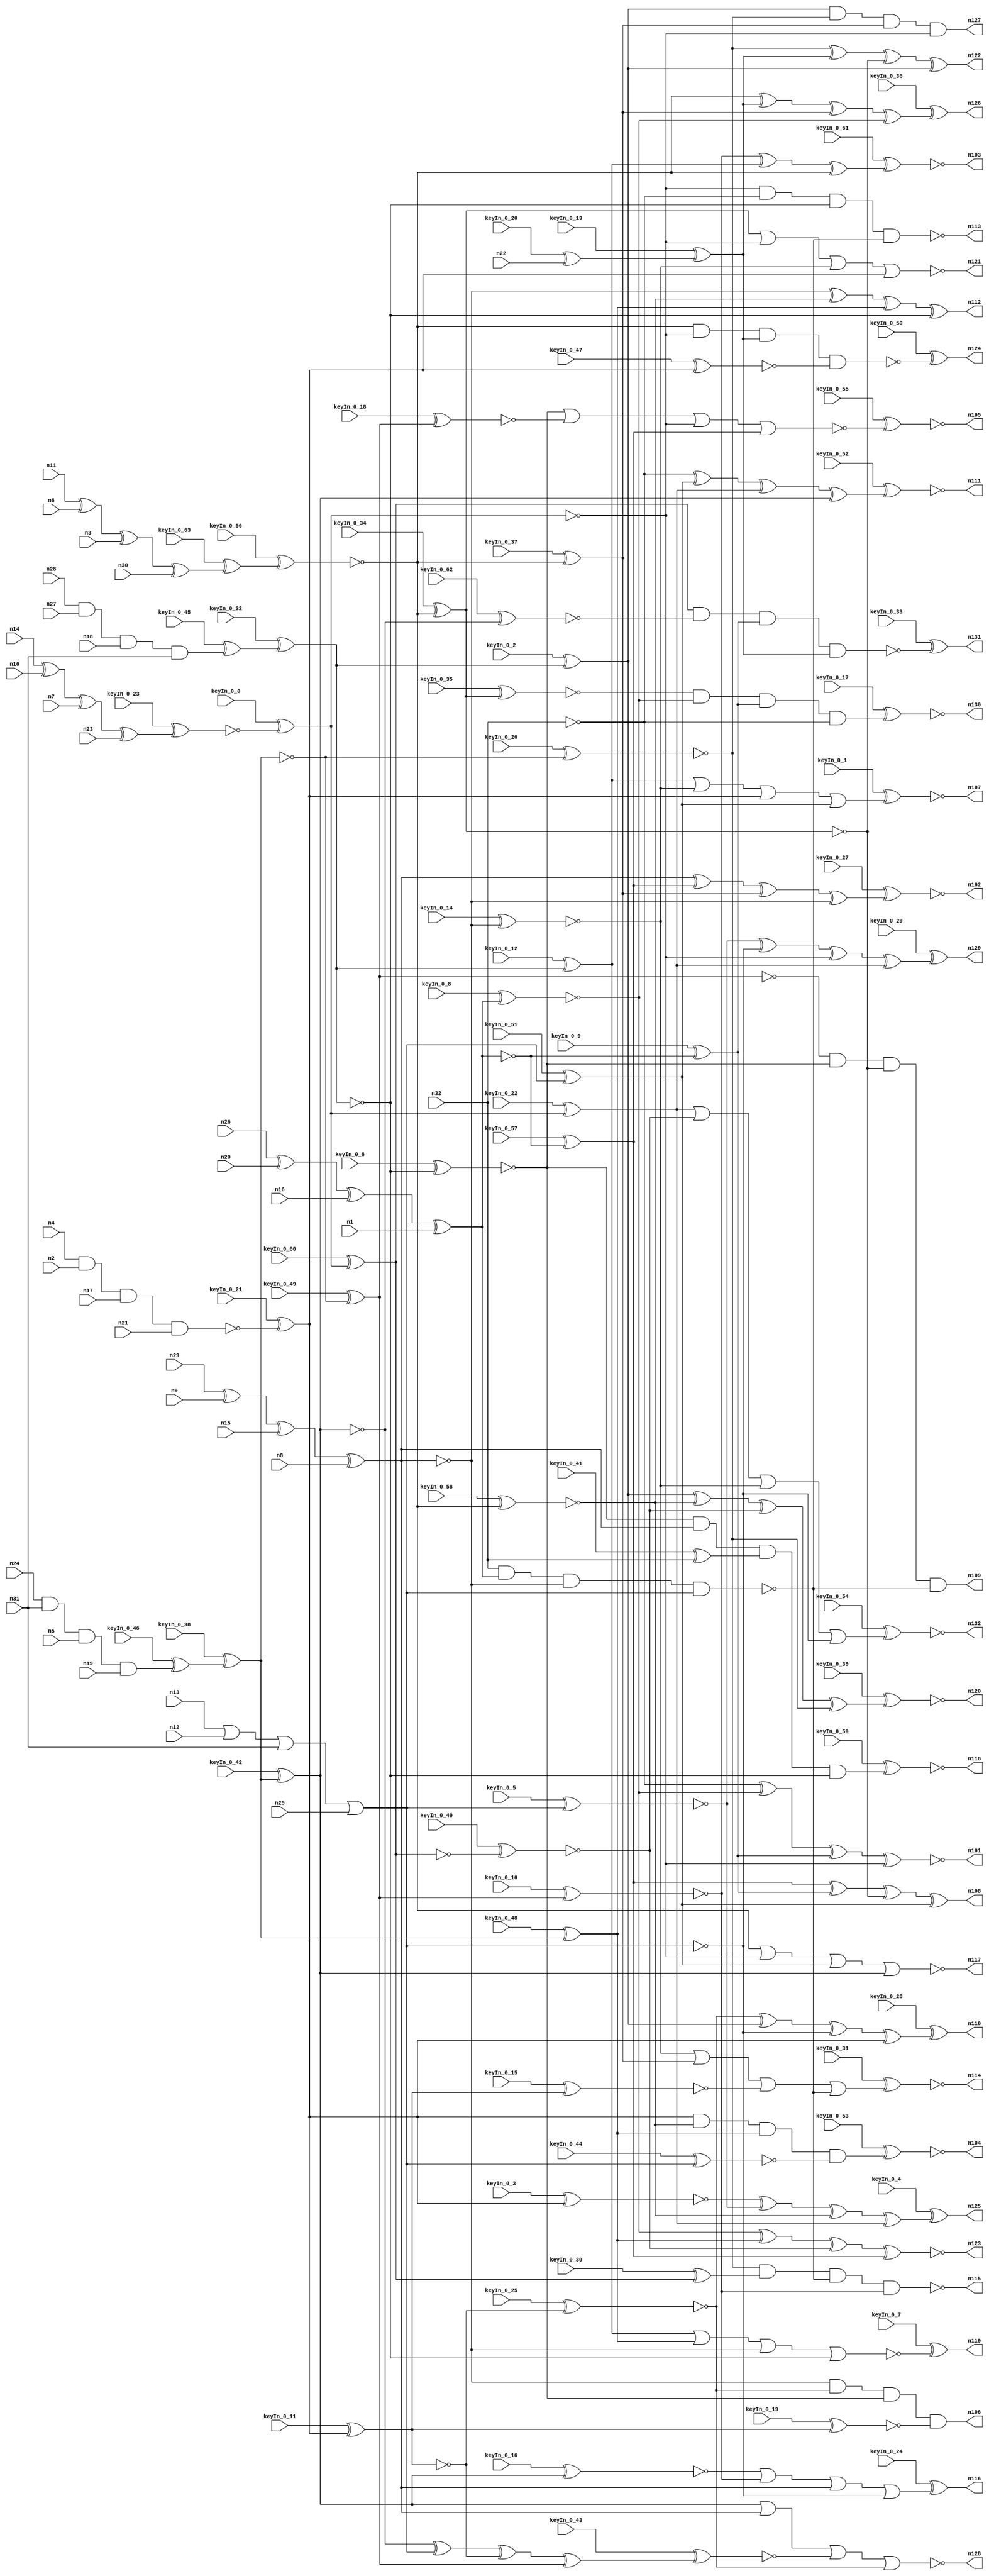


module Stat_100_51
(
  n1,
  n2,
  n3,
  n4,
  n5,
  n6,
  n7,
  n8,
  n9,
  n10,
  n11,
  n12,
  n13,
  n14,
  n15,
  n16,
  n17,
  n18,
  n19,
  n20,
  n21,
  n22,
  n23,
  n24,
  n25,
  n26,
  n27,
  n28,
  n29,
  n30,
  n31,
  n32,
  n129,
  n105,
  n102,
  n114,
  n120,
  n106,
  n119,
  n117,
  n108,
  n109,
  n124,
  n132,
  n103,
  n131,
  n116,
  n123,
  n104,
  n121,
  n111,
  n113,
  n125,
  n127,
  n122,
  n110,
  n130,
  n115,
  n118,
  n126,
  n112,
  n101,
  n128,
  n107,
  keyIn_0_0,
  keyIn_0_1,
  keyIn_0_2,
  keyIn_0_3,
  keyIn_0_4,
  keyIn_0_5,
  keyIn_0_6,
  keyIn_0_7,
  keyIn_0_8,
  keyIn_0_9,
  keyIn_0_10,
  keyIn_0_11,
  keyIn_0_12,
  keyIn_0_13,
  keyIn_0_14,
  keyIn_0_15,
  keyIn_0_16,
  keyIn_0_17,
  keyIn_0_18,
  keyIn_0_19,
  keyIn_0_20,
  keyIn_0_21,
  keyIn_0_22,
  keyIn_0_23,
  keyIn_0_24,
  keyIn_0_25,
  keyIn_0_26,
  keyIn_0_27,
  keyIn_0_28,
  keyIn_0_29,
  keyIn_0_30,
  keyIn_0_31,
  keyIn_0_32,
  keyIn_0_33,
  keyIn_0_34,
  keyIn_0_35,
  keyIn_0_36,
  keyIn_0_37,
  keyIn_0_38,
  keyIn_0_39,
  keyIn_0_40,
  keyIn_0_41,
  keyIn_0_42,
  keyIn_0_43,
  keyIn_0_44,
  keyIn_0_45,
  keyIn_0_46,
  keyIn_0_47,
  keyIn_0_48,
  keyIn_0_49,
  keyIn_0_50,
  keyIn_0_51,
  keyIn_0_52,
  keyIn_0_53,
  keyIn_0_54,
  keyIn_0_55,
  keyIn_0_56,
  keyIn_0_57,
  keyIn_0_58,
  keyIn_0_59,
  keyIn_0_60,
  keyIn_0_61,
  keyIn_0_62,
  keyIn_0_63
);

  input n1;
  input n2;
  input n3;
  input n4;
  input n5;
  input n6;
  input n7;
  input n8;
  input n9;
  input n10;
  input n11;
  input n12;
  input n13;
  input n14;
  input n15;
  input n16;
  input n17;
  input n18;
  input n19;
  input n20;
  input n21;
  input n22;
  input n23;
  input n24;
  input n25;
  input n26;
  input n27;
  input n28;
  input n29;
  input n30;
  input n31;
  input n32;
  input keyIn_0_0;
  input keyIn_0_1;
  input keyIn_0_2;
  input keyIn_0_3;
  input keyIn_0_4;
  input keyIn_0_5;
  input keyIn_0_6;
  input keyIn_0_7;
  input keyIn_0_8;
  input keyIn_0_9;
  input keyIn_0_10;
  input keyIn_0_11;
  input keyIn_0_12;
  input keyIn_0_13;
  input keyIn_0_14;
  input keyIn_0_15;
  input keyIn_0_16;
  input keyIn_0_17;
  input keyIn_0_18;
  input keyIn_0_19;
  input keyIn_0_20;
  input keyIn_0_21;
  input keyIn_0_22;
  input keyIn_0_23;
  input keyIn_0_24;
  input keyIn_0_25;
  input keyIn_0_26;
  input keyIn_0_27;
  input keyIn_0_28;
  input keyIn_0_29;
  input keyIn_0_30;
  input keyIn_0_31;
  input keyIn_0_32;
  input keyIn_0_33;
  input keyIn_0_34;
  input keyIn_0_35;
  input keyIn_0_36;
  input keyIn_0_37;
  input keyIn_0_38;
  input keyIn_0_39;
  input keyIn_0_40;
  input keyIn_0_41;
  input keyIn_0_42;
  input keyIn_0_43;
  input keyIn_0_44;
  input keyIn_0_45;
  input keyIn_0_46;
  input keyIn_0_47;
  input keyIn_0_48;
  input keyIn_0_49;
  input keyIn_0_50;
  input keyIn_0_51;
  input keyIn_0_52;
  input keyIn_0_53;
  input keyIn_0_54;
  input keyIn_0_55;
  input keyIn_0_56;
  input keyIn_0_57;
  input keyIn_0_58;
  input keyIn_0_59;
  input keyIn_0_60;
  input keyIn_0_61;
  input keyIn_0_62;
  input keyIn_0_63;
  output n129;
  output n105;
  output n102;
  output n114;
  output n120;
  output n106;
  output n119;
  output n117;
  output n108;
  output n109;
  output n124;
  output n132;
  output n103;
  output n131;
  output n116;
  output n123;
  output n104;
  output n121;
  output n111;
  output n113;
  output n125;
  output n127;
  output n122;
  output n110;
  output n130;
  output n115;
  output n118;
  output n126;
  output n112;
  output n101;
  output n128;
  output n107;
  wire n33;
  wire n34;
  wire n35;
  wire n36;
  wire n37;
  wire n38;
  wire n39;
  wire n40;
  wire n41;
  wire n42;
  wire n43;
  wire n44;
  wire n45;
  wire n46;
  wire n47;
  wire n48;
  wire n49;
  wire n50;
  wire n51;
  wire n52;
  wire n53;
  wire n54;
  wire n55;
  wire n56;
  wire n57;
  wire n58;
  wire n59;
  wire n60;
  wire n61;
  wire n62;
  wire n63;
  wire n64;
  wire n65;
  wire n66;
  wire n67;
  wire n68;
  wire n69;
  wire n70;
  wire n71;
  wire n72;
  wire n73;
  wire n74;
  wire n75;
  wire n76;
  wire n77;
  wire n78;
  wire n79;
  wire n80;
  wire n81;
  wire n82;
  wire n83;
  wire n84;
  wire n85;
  wire n86;
  wire n87;
  wire n88;
  wire n89;
  wire n90;
  wire n91;
  wire n92;
  wire n93;
  wire n94;
  wire n95;
  wire n96;
  wire n97;
  wire n98;
  wire n99;
  wire n100;
  wire KeyWire_0_0;
  wire KeyNOTWire_0_0;
  wire KeyWire_0_1;
  wire KeyNOTWire_0_1;
  wire KeyWire_0_2;
  wire KeyNOTWire_0_2;
  wire KeyWire_0_3;
  wire KeyNOTWire_0_3;
  wire KeyWire_0_4;
  wire KeyWire_0_5;
  wire KeyWire_0_6;
  wire KeyWire_0_7;
  wire KeyWire_0_8;
  wire KeyNOTWire_0_8;
  wire KeyWire_0_9;
  wire KeyWire_0_10;
  wire KeyNOTWire_0_10;
  wire KeyWire_0_11;
  wire KeyNOTWire_0_11;
  wire KeyWire_0_12;
  wire KeyNOTWire_0_12;
  wire KeyWire_0_13;
  wire KeyNOTWire_0_13;
  wire KeyWire_0_14;
  wire KeyNOTWire_0_14;
  wire KeyWire_0_15;
  wire KeyNOTWire_0_15;
  wire KeyWire_0_16;
  wire KeyNOTWire_0_16;
  wire KeyWire_0_17;
  wire KeyWire_0_18;
  wire KeyNOTWire_0_18;
  wire KeyWire_0_19;
  wire KeyNOTWire_0_19;
  wire KeyWire_0_20;
  wire KeyNOTWire_0_20;
  wire KeyWire_0_21;
  wire KeyWire_0_22;
  wire KeyNOTWire_0_22;
  wire KeyWire_0_23;
  wire KeyNOTWire_0_23;
  wire KeyWire_0_24;
  wire KeyNOTWire_0_24;
  wire KeyWire_0_25;
  wire KeyWire_0_26;
  wire KeyWire_0_27;
  wire KeyWire_0_28;
  wire KeyWire_0_29;
  wire KeyNOTWire_0_29;
  wire KeyWire_0_30;
  wire KeyWire_0_31;
  wire KeyNOTWire_0_31;
  wire KeyWire_0_32;
  wire KeyNOTWire_0_32;
  wire KeyWire_0_33;
  wire KeyNOTWire_0_33;
  wire KeyWire_0_34;
  wire KeyWire_0_35;
  wire KeyWire_0_36;
  wire KeyWire_0_37;
  wire KeyWire_0_38;
  wire KeyNOTWire_0_38;
  wire KeyWire_0_39;
  wire KeyNOTWire_0_39;
  wire KeyWire_0_40;
  wire KeyWire_0_41;
  wire KeyWire_0_42;
  wire KeyWire_0_43;
  wire KeyNOTWire_0_43;
  wire KeyWire_0_44;
  wire KeyWire_0_45;
  wire KeyNOTWire_0_45;
  wire KeyWire_0_46;
  wire KeyNOTWire_0_46;
  wire KeyWire_0_47;
  wire KeyWire_0_48;
  wire KeyNOTWire_0_48;
  wire KeyWire_0_49;
  wire KeyNOTWire_0_49;
  wire KeyWire_0_50;
  wire KeyNOTWire_0_50;
  wire KeyWire_0_51;
  wire KeyNOTWire_0_51;
  wire KeyWire_0_52;
  wire KeyWire_0_53;
  wire KeyWire_0_54;
  wire KeyWire_0_55;
  wire KeyWire_0_56;
  wire KeyNOTWire_0_56;
  wire KeyWire_0_57;
  wire KeyNOTWire_0_57;
  wire KeyWire_0_58;
  wire KeyNOTWire_0_58;
  wire KeyWire_0_59;
  wire KeyWire_0_60;
  wire KeyWire_0_61;
  wire KeyNOTWire_0_61;
  wire KeyWire_0_62;
  wire KeyWire_0_63;

  buf
  g0
  (
    KeyWire_0_20,
    n22
  );


  and
  g1
  (
    KeyWire_0_46,
    n24,
    n31,
    n5,
    n19
  );


  xnor
  g2
  (
    n39,
    n26,
    n20,
    n16,
    n1
  );


  and
  g3
  (
    n37,
    n4,
    n2,
    n17,
    n21
  );


  xor
  g4
  (
    n35,
    n29,
    n9,
    n15,
    n8
  );


  xor
  g5
  (
    KeyWire_0_63,
    n11,
    n6,
    n3,
    n30
  );


  and
  g6
  (
    KeyWire_0_45,
    n28,
    n27,
    n18,
    n31
  );


  xor
  g7
  (
    KeyWire_0_23,
    n14,
    n10,
    n7,
    n23
  );


  or
  g8
  (
    n34,
    n13,
    n12,
    n31,
    n25
  );


  not
  g9
  (
    n43,
    n35
  );


  not
  g10
  (
    KeyWire_0_38,
    n36
  );


  not
  g11
  (
    KeyWire_0_21,
    n37
  );


  buf
  g12
  (
    KeyWire_0_56,
    n40
  );


  not
  g13
  (
    n48,
    n39
  );


  buf
  g14
  (
    KeyWire_0_32,
    n33
  );


  buf
  g15
  (
    n47,
    n34
  );


  buf
  g16
  (
    KeyWire_0_0,
    n38
  );


  not
  g17
  (
    KeyWire_0_26,
    n46
  );


  buf
  g18
  (
    n68,
    n44
  );


  buf
  g19
  (
    KeyWire_0_2,
    n42
  );


  buf
  g20
  (
    n64,
    n43
  );


  buf
  g21
  (
    KeyWire_0_37,
    n45
  );


  not
  g22
  (
    n57,
    n47
  );


  buf
  g23
  (
    KeyWire_0_14,
    n43
  );


  buf
  g24
  (
    KeyWire_0_48,
    n46
  );


  buf
  g25
  (
    KeyWire_0_13,
    n41
  );


  not
  g26
  (
    KeyWire_0_60,
    n44
  );


  buf
  g27
  (
    n66,
    n44
  );


  buf
  g28
  (
    KeyWire_0_51,
    n47
  );


  buf
  g29
  (
    KeyWire_0_42,
    n46
  );


  not
  g30
  (
    KeyWire_0_49,
    n46
  );


  buf
  g31
  (
    KeyWire_0_34,
    n45
  );


  buf
  g32
  (
    KeyWire_0_11,
    n49
  );


  buf
  g33
  (
    n78,
    n49
  );


  not
  g34
  (
    n73,
    n42
  );


  buf
  g35
  (
    n50,
    n47
  );


  not
  g36
  (
    n61,
    n43
  );


  not
  g37
  (
    KeyWire_0_6,
    n42
  );


  buf
  g38
  (
    KeyWire_0_8,
    n48
  );


  buf
  g39
  (
    n63,
    n45
  );


  buf
  g40
  (
    KeyWire_0_12,
    n42
  );


  not
  g41
  (
    KeyWire_0_22,
    n44
  );


  not
  g42
  (
    KeyWire_0_9,
    n48
  );


  not
  g43
  (
    KeyWire_0_57,
    n48
  );


  buf
  g44
  (
    KeyWire_0_58,
    n45
  );


  not
  g45
  (
    n69,
    n32
  );


  nand
  g46
  (
    n79,
    n32,
    n48,
    n43,
    n47
  );


  not
  g47
  (
    n93,
    n54
  );


  not
  g48
  (
    KeyWire_0_35,
    n51
  );


  buf
  g49
  (
    KeyWire_0_41,
    n32
  );


  buf
  g50
  (
    KeyWire_0_62,
    n55
  );


  buf
  g51
  (
    KeyWire_0_47,
    n49
  );


  buf
  g52
  (
    KeyWire_0_44,
    n50
  );


  not
  g53
  (
    KeyWire_0_40,
    n52
  );


  buf
  g54
  (
    KeyWire_0_10,
    n54
  );


  buf
  g55
  (
    KeyWire_0_18,
    n54
  );


  buf
  g56
  (
    KeyWire_0_30,
    n52
  );


  not
  g57
  (
    KeyWire_0_15,
    n53
  );


  not
  g58
  (
    KeyWire_0_16,
    n55
  );


  buf
  g59
  (
    KeyWire_0_5,
    n50
  );


  buf
  g60
  (
    KeyWire_0_3,
    n49
  );


  buf
  g61
  (
    KeyWire_0_25,
    n53
  );


  not
  g62
  (
    n94,
    n51
  );


  not
  g63
  (
    n98,
    n55
  );


  buf
  g64
  (
    n91,
    n52
  );


  not
  g65
  (
    KeyWire_0_19,
    n53
  );


  buf
  g66
  (
    n99,
    n51
  );


  xor
  g67
  (
    KeyWire_0_43,
    n55,
    n50,
    n53,
    n54
  );


  and
  g68
  (
    n109,
    n93,
    n70,
    n99,
    n79
  );


  nor
  g69
  (
    KeyWire_0_7,
    n60,
    n77,
    n64,
    n73
  );


  nand
  g70
  (
    KeyWire_0_50,
    n63,
    n68,
    n56,
    n82
  );


  or
  g71
  (
    KeyWire_0_1,
    n60,
    n67,
    n78,
    n62
  );


  xor
  g72
  (
    n122,
    n65,
    n56,
    n99,
    n76
  );


  or
  g73
  (
    KeyWire_0_54,
    n74,
    n96,
    n67,
    n57
  );


  xor
  g74
  (
    KeyWire_0_52,
    n69,
    n62,
    n74,
    n98
  );


  xor
  g75
  (
    n108,
    n71,
    n58,
    n99,
    n62
  );


  xor
  g76
  (
    KeyWire_0_27,
    n61,
    n71,
    n75,
    n64
  );


  or
  g77
  (
    KeyWire_0_31,
    n67,
    n75,
    n87,
    n79
  );


  xnor
  g78
  (
    n123,
    n59,
    n77,
    n96,
    n71
  );


  xor
  g79
  (
    KeyWire_0_28,
    n97,
    n76,
    n57,
    n78
  );


  nor
  g80
  (
    n117,
    n63,
    n66,
    n62,
    n98
  );


  and
  g81
  (
    n127,
    n76,
    n65,
    n75,
    n66
  );


  and
  g82
  (
    n106,
    n64,
    n97,
    n70,
    n84
  );


  and
  g83
  (
    KeyWire_0_17,
    n89,
    n59,
    n58,
    n69
  );


  or
  g84
  (
    KeyWire_0_24,
    n85,
    n100,
    n61,
    n57
  );


  nor
  g85
  (
    n128,
    n98,
    n61,
    n88,
    n97
  );


  nand
  g86
  (
    KeyWire_0_33,
    n91,
    n90,
    n58,
    n56
  );


  nor
  g87
  (
    n121,
    n94,
    n68,
    n67,
    n78
  );


  nor
  g88
  (
    KeyWire_0_55,
    n70,
    n81,
    n68,
    n71
  );


  and
  g89
  (
    KeyWire_0_53,
    n78,
    n72,
    n77,
    n92
  );


  nand
  g90
  (
    n113,
    n66,
    n69,
    n73,
    n79
  );


  xnor
  g91
  (
    n101,
    n69,
    n59,
    n58,
    n68
  );


  xor
  g92
  (
    KeyWire_0_61,
    n100,
    n60,
    n63
  );


  xor
  g93
  (
    KeyWire_0_29,
    n95,
    n57,
    n66,
    n74
  );


  and
  g94
  (
    KeyWire_0_59,
    n70,
    n61,
    n86,
    n73
  );


  nand
  g95
  (
    n115,
    n65,
    n83,
    n79,
    n100
  );


  xor
  g96
  (
    n112,
    n64,
    n72,
    n77,
    n73
  );


  xor
  g97
  (
    KeyWire_0_36,
    n63,
    n56,
    n75,
    n59
  );


  xor
  g98
  (
    KeyWire_0_4,
    n80,
    n95,
    n72,
    n74
  );


  xor
  g99
  (
    KeyWire_0_39,
    n76,
    n72,
    n96,
    n65
  );


  xor
  KeyGate_0_0
  (
    KeyNOTWire_0_0,
    keyIn_0_0,
    KeyWire_0_0
  );


  not
  KeyNOTGate_0_0
  (
    n44,
    KeyNOTWire_0_0
  );


  xor
  KeyGate_0_1
  (
    KeyNOTWire_0_1,
    keyIn_0_1,
    KeyWire_0_1
  );


  not
  KeyNOTGate_0_1
  (
    n107,
    KeyNOTWire_0_1
  );


  xnor
  KeyGate_0_2
  (
    KeyNOTWire_0_2,
    keyIn_0_2,
    KeyWire_0_2
  );


  not
  KeyNOTGate_0_2
  (
    n76,
    KeyNOTWire_0_2
  );


  xor
  KeyGate_0_3
  (
    KeyNOTWire_0_3,
    keyIn_0_3,
    KeyWire_0_3
  );


  not
  KeyNOTGate_0_3
  (
    n80,
    KeyNOTWire_0_3
  );


  xor
  KeyGate_0_4
  (
    n125,
    keyIn_0_4,
    KeyWire_0_4
  );


  xnor
  KeyGate_0_5
  (
    n95,
    keyIn_0_5,
    KeyWire_0_5
  );


  xnor
  KeyGate_0_6
  (
    n70,
    keyIn_0_6,
    KeyWire_0_6
  );


  xor
  KeyGate_0_7
  (
    n119,
    keyIn_0_7,
    KeyWire_0_7
  );


  xor
  KeyGate_0_8
  (
    KeyNOTWire_0_8,
    keyIn_0_8,
    KeyWire_0_8
  );


  not
  KeyNOTGate_0_8
  (
    n59,
    KeyNOTWire_0_8
  );


  xor
  KeyGate_0_9
  (
    n58,
    keyIn_0_9,
    KeyWire_0_9
  );


  xor
  KeyGate_0_10
  (
    KeyNOTWire_0_10,
    keyIn_0_10,
    KeyWire_0_10
  );


  not
  KeyNOTGate_0_10
  (
    n100,
    KeyNOTWire_0_10
  );


  xor
  KeyGate_0_11
  (
    KeyNOTWire_0_11,
    keyIn_0_11,
    KeyWire_0_11
  );


  not
  KeyNOTGate_0_11
  (
    n53,
    KeyNOTWire_0_11
  );


  xnor
  KeyGate_0_12
  (
    KeyNOTWire_0_12,
    keyIn_0_12,
    KeyWire_0_12
  );


  not
  KeyNOTGate_0_12
  (
    n60,
    KeyNOTWire_0_12
  );


  xnor
  KeyGate_0_13
  (
    KeyNOTWire_0_13,
    keyIn_0_13,
    KeyWire_0_13
  );


  not
  KeyNOTGate_0_13
  (
    n56,
    KeyNOTWire_0_13
  );


  xor
  KeyGate_0_14
  (
    KeyNOTWire_0_14,
    keyIn_0_14,
    KeyWire_0_14
  );


  not
  KeyNOTGate_0_14
  (
    n67,
    KeyNOTWire_0_14
  );


  xor
  KeyGate_0_15
  (
    KeyNOTWire_0_15,
    keyIn_0_15,
    KeyWire_0_15
  );


  not
  KeyNOTGate_0_15
  (
    n87,
    KeyNOTWire_0_15
  );


  xor
  KeyGate_0_16
  (
    KeyNOTWire_0_16,
    keyIn_0_16,
    KeyWire_0_16
  );


  not
  KeyNOTGate_0_16
  (
    n85,
    KeyNOTWire_0_16
  );


  xnor
  KeyGate_0_17
  (
    n130,
    keyIn_0_17,
    KeyWire_0_17
  );


  xor
  KeyGate_0_18
  (
    KeyNOTWire_0_18,
    keyIn_0_18,
    KeyWire_0_18
  );


  not
  KeyNOTGate_0_18
  (
    n81,
    KeyNOTWire_0_18
  );


  xor
  KeyGate_0_19
  (
    KeyNOTWire_0_19,
    keyIn_0_19,
    KeyWire_0_19
  );


  not
  KeyNOTGate_0_19
  (
    n84,
    KeyNOTWire_0_19
  );


  xnor
  KeyGate_0_20
  (
    KeyNOTWire_0_20,
    keyIn_0_20,
    KeyWire_0_20
  );


  not
  KeyNOTGate_0_20
  (
    n41,
    KeyNOTWire_0_20
  );


  xor
  KeyGate_0_21
  (
    n49,
    keyIn_0_21,
    KeyWire_0_21
  );


  xnor
  KeyGate_0_22
  (
    KeyNOTWire_0_22,
    keyIn_0_22,
    KeyWire_0_22
  );


  not
  KeyNOTGate_0_22
  (
    n74,
    KeyNOTWire_0_22
  );


  xor
  KeyGate_0_23
  (
    KeyNOTWire_0_23,
    keyIn_0_23,
    KeyWire_0_23
  );


  not
  KeyNOTGate_0_23
  (
    n38,
    KeyNOTWire_0_23
  );


  xnor
  KeyGate_0_24
  (
    KeyNOTWire_0_24,
    keyIn_0_24,
    KeyWire_0_24
  );


  not
  KeyNOTGate_0_24
  (
    n116,
    KeyNOTWire_0_24
  );


  xnor
  KeyGate_0_25
  (
    n97,
    keyIn_0_25,
    KeyWire_0_25
  );


  xnor
  KeyGate_0_26
  (
    n65,
    keyIn_0_26,
    KeyWire_0_26
  );


  xnor
  KeyGate_0_27
  (
    n102,
    keyIn_0_27,
    KeyWire_0_27
  );


  xor
  KeyGate_0_28
  (
    n110,
    keyIn_0_28,
    KeyWire_0_28
  );


  xnor
  KeyGate_0_29
  (
    KeyNOTWire_0_29,
    keyIn_0_29,
    KeyWire_0_29
  );


  not
  KeyNOTGate_0_29
  (
    n129,
    KeyNOTWire_0_29
  );


  xor
  KeyGate_0_30
  (
    n83,
    keyIn_0_30,
    KeyWire_0_30
  );


  xor
  KeyGate_0_31
  (
    KeyNOTWire_0_31,
    keyIn_0_31,
    KeyWire_0_31
  );


  not
  KeyNOTGate_0_31
  (
    n114,
    KeyNOTWire_0_31
  );


  xnor
  KeyGate_0_32
  (
    KeyNOTWire_0_32,
    keyIn_0_32,
    KeyWire_0_32
  );


  not
  KeyNOTGate_0_32
  (
    n42,
    KeyNOTWire_0_32
  );


  xnor
  KeyGate_0_33
  (
    KeyNOTWire_0_33,
    keyIn_0_33,
    KeyWire_0_33
  );


  not
  KeyNOTGate_0_33
  (
    n131,
    KeyNOTWire_0_33
  );


  xnor
  KeyGate_0_34
  (
    n51,
    keyIn_0_34,
    KeyWire_0_34
  );


  xnor
  KeyGate_0_35
  (
    n89,
    keyIn_0_35,
    KeyWire_0_35
  );


  xor
  KeyGate_0_36
  (
    n126,
    keyIn_0_36,
    KeyWire_0_36
  );


  xor
  KeyGate_0_37
  (
    n75,
    keyIn_0_37,
    KeyWire_0_37
  );


  xnor
  KeyGate_0_38
  (
    KeyNOTWire_0_38,
    keyIn_0_38,
    KeyWire_0_38
  );


  not
  KeyNOTGate_0_38
  (
    n46,
    KeyNOTWire_0_38
  );


  xor
  KeyGate_0_39
  (
    KeyNOTWire_0_39,
    keyIn_0_39,
    KeyWire_0_39
  );


  not
  KeyNOTGate_0_39
  (
    n120,
    KeyNOTWire_0_39
  );


  xnor
  KeyGate_0_40
  (
    n96,
    keyIn_0_40,
    KeyWire_0_40
  );


  xor
  KeyGate_0_41
  (
    n86,
    keyIn_0_41,
    KeyWire_0_41
  );


  xnor
  KeyGate_0_42
  (
    n55,
    keyIn_0_42,
    KeyWire_0_42
  );


  xor
  KeyGate_0_43
  (
    KeyNOTWire_0_43,
    keyIn_0_43,
    KeyWire_0_43
  );


  not
  KeyNOTGate_0_43
  (
    n88,
    KeyNOTWire_0_43
  );


  xnor
  KeyGate_0_44
  (
    n92,
    keyIn_0_44,
    KeyWire_0_44
  );


  xnor
  KeyGate_0_45
  (
    KeyNOTWire_0_45,
    keyIn_0_45,
    KeyWire_0_45
  );


  not
  KeyNOTGate_0_45
  (
    n33,
    KeyNOTWire_0_45
  );


  xor
  KeyGate_0_46
  (
    KeyNOTWire_0_46,
    keyIn_0_46,
    KeyWire_0_46
  );


  not
  KeyNOTGate_0_46
  (
    n36,
    KeyNOTWire_0_46
  );


  xnor
  KeyGate_0_47
  (
    n82,
    keyIn_0_47,
    KeyWire_0_47
  );


  xnor
  KeyGate_0_48
  (
    KeyNOTWire_0_48,
    keyIn_0_48,
    KeyWire_0_48
  );


  not
  KeyNOTGate_0_48
  (
    n77,
    KeyNOTWire_0_48
  );


  xnor
  KeyGate_0_49
  (
    KeyNOTWire_0_49,
    keyIn_0_49,
    KeyWire_0_49
  );


  not
  KeyNOTGate_0_49
  (
    n54,
    KeyNOTWire_0_49
  );


  xnor
  KeyGate_0_50
  (
    KeyNOTWire_0_50,
    keyIn_0_50,
    KeyWire_0_50
  );


  not
  KeyNOTGate_0_50
  (
    n124,
    KeyNOTWire_0_50
  );


  xnor
  KeyGate_0_51
  (
    KeyNOTWire_0_51,
    keyIn_0_51,
    KeyWire_0_51
  );


  not
  KeyNOTGate_0_51
  (
    n62,
    KeyNOTWire_0_51
  );


  xnor
  KeyGate_0_52
  (
    n111,
    keyIn_0_52,
    KeyWire_0_52
  );


  xnor
  KeyGate_0_53
  (
    n104,
    keyIn_0_53,
    KeyWire_0_53
  );


  xnor
  KeyGate_0_54
  (
    n132,
    keyIn_0_54,
    KeyWire_0_54
  );


  xnor
  KeyGate_0_55
  (
    n105,
    keyIn_0_55,
    KeyWire_0_55
  );


  xor
  KeyGate_0_56
  (
    KeyNOTWire_0_56,
    keyIn_0_56,
    KeyWire_0_56
  );


  not
  KeyNOTGate_0_56
  (
    n45,
    KeyNOTWire_0_56
  );


  xnor
  KeyGate_0_57
  (
    KeyNOTWire_0_57,
    keyIn_0_57,
    KeyWire_0_57
  );


  not
  KeyNOTGate_0_57
  (
    n71,
    KeyNOTWire_0_57
  );


  xor
  KeyGate_0_58
  (
    KeyNOTWire_0_58,
    keyIn_0_58,
    KeyWire_0_58
  );


  not
  KeyNOTGate_0_58
  (
    n72,
    KeyNOTWire_0_58
  );


  xnor
  KeyGate_0_59
  (
    n118,
    keyIn_0_59,
    KeyWire_0_59
  );


  xor
  KeyGate_0_60
  (
    n52,
    keyIn_0_60,
    KeyWire_0_60
  );


  xor
  KeyGate_0_61
  (
    KeyNOTWire_0_61,
    keyIn_0_61,
    KeyWire_0_61
  );


  not
  KeyNOTGate_0_61
  (
    n103,
    KeyNOTWire_0_61
  );


  xnor
  KeyGate_0_62
  (
    n90,
    keyIn_0_62,
    KeyWire_0_62
  );


  xor
  KeyGate_0_63
  (
    n40,
    keyIn_0_63,
    KeyWire_0_63
  );


endmodule